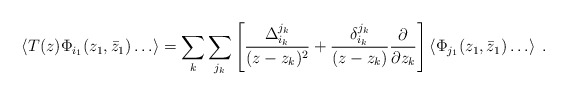
\begin{align*}\left<T(z)\Phi_{i_{1}}(z_{1},{\bar{z}}_{1})\ldots\right>=\sum_{k}\sum_{j_{k}}\left[\frac {\Delta^{j_{k}}_{i_{k}}}{(z-z_{k})^{2}}+\frac {\delta^{j_{k}}_{i_{k}}}{(z-z_{k})}\frac {\partial}{\partial{z_{k}}}\right]\left<\Phi_{j_{1}}(z_{1},{\bar{z}}_{1})\ldots\right>\:.\end{align*}